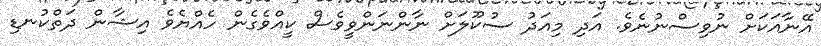
އޭނާއަކަށް ނުވިސްނުނެވެ. އަދި މިއަދު ސުކޫލަށް ނާންނަންވީވެސް ކީއްވެގެން ހެއްޔެވެ އިޝާން ދަތްކުނޑި